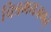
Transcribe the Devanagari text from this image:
चित्रमयजगत्‌